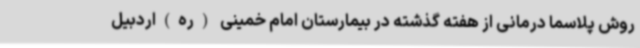
روش پلاسما درمانی از هفته گذشته در بیمارستان امام خمینی (ره)اردبیل